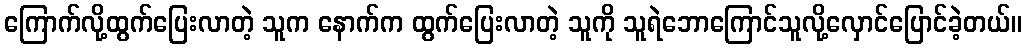
ကြောက်လို့ထွက်ပြေးလာတဲ့ သူက နောက်က ထွက်ပြေးလာတဲ့ သူကို သူရဲဘောကြောင်သူလို့လှောင်ပြောင်ခဲ့တယ်။